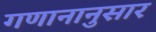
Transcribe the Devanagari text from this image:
गणानानुसार